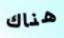
هناك